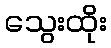
သွေးထိုး